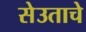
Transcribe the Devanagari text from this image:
सेउताचे